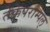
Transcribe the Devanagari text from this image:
तेक्केपरम्पिल्